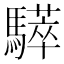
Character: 𩦗